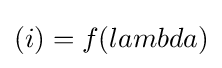
(i)=f(lambda)